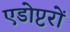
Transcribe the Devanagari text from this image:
एडोप्टरों